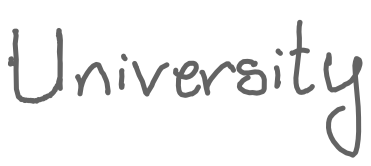
Text: University
Cross-out: clean
Writing tool: digital_gray